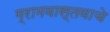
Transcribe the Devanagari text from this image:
ग्रामवास्तवाचे